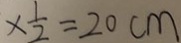
\times \frac { 1 } { 2 } = 2 0 c m